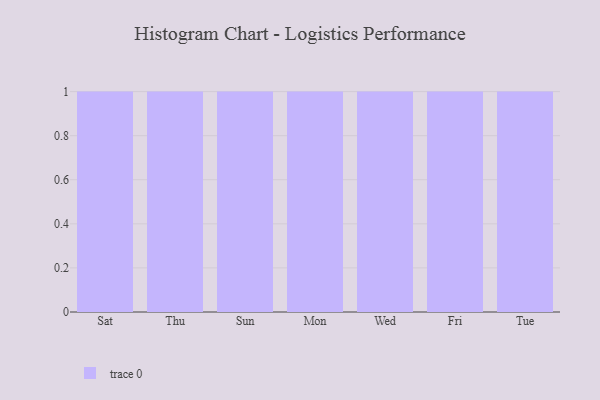
{"axis": {"x": "Day", "y": "Headcount"}, "legend": [""], "data": [{"x": "Sat", "y": 34, "type": ""}, {"x": "Thu", "y": 24, "type": ""}, {"x": "Sun", "y": 2, "type": ""}, {"x": "Mon", "y": 46, "type": ""}, {"x": "Wed", "y": 98, "type": ""}, {"x": "Fri", "y": 71, "type": ""}, {"x": "Tue", "y": 77, "type": ""}]}